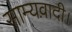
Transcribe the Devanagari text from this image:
साम्यवादी।